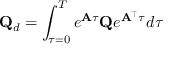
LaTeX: \mathbf { Q } _ { d } = \int _ { \tau = 0 } ^ { T } e ^ { \mathbf { A } \tau } \mathbf { Q } e ^ { \mathbf { A } ^ { \top } \tau } d \tau